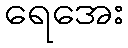
ရေအေး